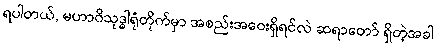
ရပါတယ်, မဟာဝိသုဒ္ဓါရုံတိုက်မှာ အစည်းအဝေးရှိရင်လဲ ဆရာတော် ရှိတဲ့အခါ